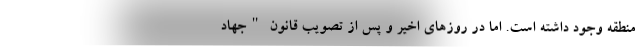
منطقه وجود داشته است. اما در روزهای اخیر و پس از تصویب قانون "جهاد